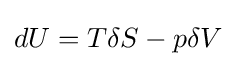
dU=T\delta S-p\delta V